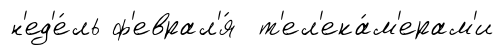
н'ед'е́ль ф'еврал'я́ т'ел'ека́м'ерам'и